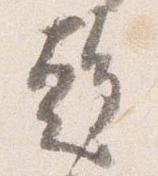
趨